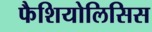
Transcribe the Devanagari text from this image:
फैशियोलिसिस